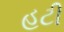
હટી